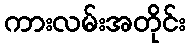
ကားလမ်းအတိုင်း